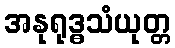
အနုရုဒ္ဓသံယုတ္တ